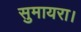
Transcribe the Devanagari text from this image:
सुमायरा।